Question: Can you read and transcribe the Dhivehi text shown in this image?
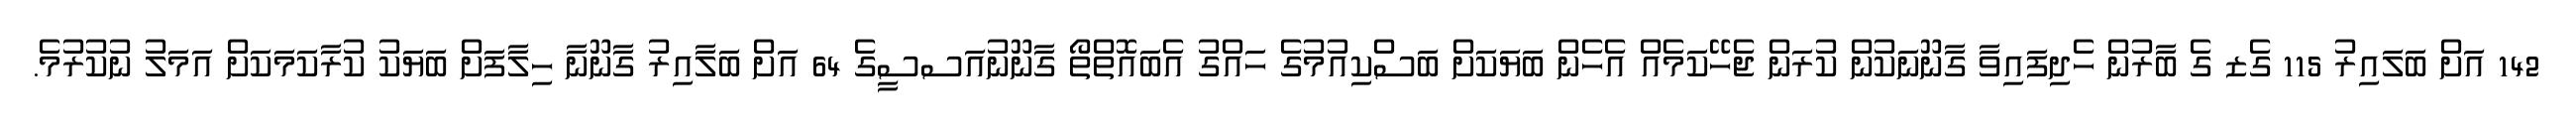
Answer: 142 އަށް ބަލައިރު 115 ގެޒ ގެ ބާރުން ހެދިފައިވާ ގާނޫނަކުން ކުރަން ޖެހޭކަމެއް އެހެން ބަޔަކަށް ބަސްކިއުމުގެ ހައްގު އެބައޮތްތޯ ގާނޫނުއަސސީގެ 64 އަށް ބަލާއިރު ގާނޫނާ ހިލާފަށް ބަޔަކު ކުރާކަމަކަށް އަމަލު ނުކުރުމެ.